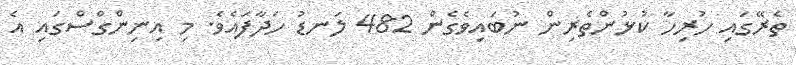
ތެރޭގައި ހުރިހާ ކުޅުންތެރިން ނުބައިވެގެން 482 ލަނޑު ހަދާފައެވެ. މި އިނިންގްސްގައި އެ